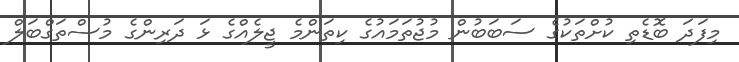
މިފަދަ ބޮޑެތި ކުށްތަކުގެ ސަބަބުން މުޖުތަމައުގެ ކިތަންމެ ޖީލެއްގެ ޅަ ދަރިންގެ މުސްތަގްބަލް